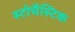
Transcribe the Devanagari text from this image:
स्टोचैस्टिक